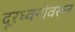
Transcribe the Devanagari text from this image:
दूरध्वनीवरून